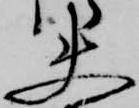
使